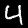
Label: 4